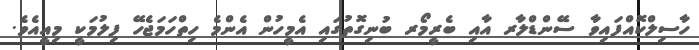
ހާސިލްކޮއްފައިވާ ސޭންޑްލާރ އާއި ބެރީމޯރ ބުނިގޮތުގައި އެމީހުން އެންމެ ހިތްހަމަޖެހޭ ފިލުމަކީ މިއީއެވެ.